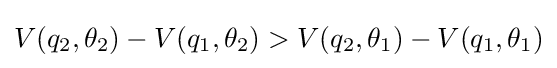
V(q_{2},\theta _{2})-V(q_{1},\theta _{2})>V(q_{2},\theta _{1})-V(q_{1},\theta _{1})